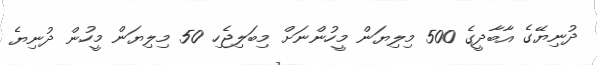
ދުނިޔޭގެ އާބާދީގެ 500 މިލިޔަން މީހުންނަށް މިބަލިޖެހި 50 މިލިޔަން މީހުން ދުނިޔެ